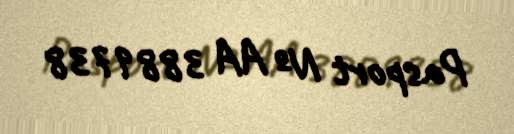
Pasport № AA 3889738